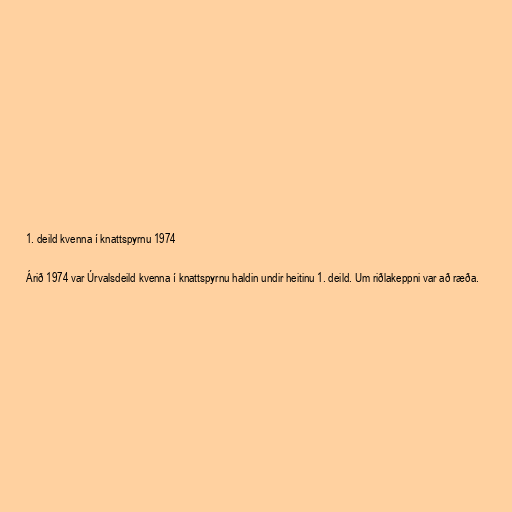
1. deild kvenna í knattspyrnu 1974

Árið 1974 var Úrvalsdeild kvenna í knattspyrnu haldin undir heitinu 1. deild. Um riðlakeppni var að ræða.